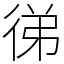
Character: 㣢